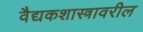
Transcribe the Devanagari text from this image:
वैद्यकशास्त्रावरील